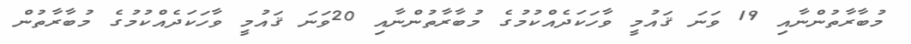
މުބާރާތުންނާއި 19 ވަނަ ޤައުމީ ވާހަކަދެއްކުމުގެ މުބާރާތުންނާއި 20ވަނަ ޤައުމީ ވާހަކަދެއްކުމުގެ މުބާރާތުން